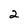
Character: 2